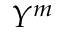
Y ^ { m }